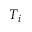
T _ { i }